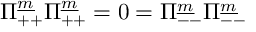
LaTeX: \Pi _ { + + } ^ { \underline { { m } } } \Pi _ { + + } ^ { \underline { { m } } } = 0 = \Pi _ { -- } ^ { \underline { { m } } } \Pi _ { -- } ^ { \underline { { m } } }